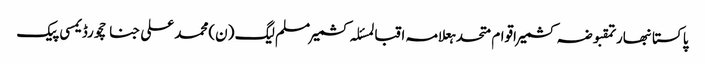
پاکستانبھارتمقبوضہ کشمیراقوام متحدہعلامہ اقبالمسئلہ کشمیرمسلم لیگ (ن)محمد علی جناحچورڈیمسی پیک